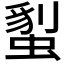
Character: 𧏇